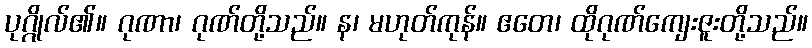
ပုဂ္ဂိုလ်၏။ ဂုဏာ၊ ဂုဏ်တို့သည်။ န၊ မဟုတ်ကုန်။ ဧတေ၊ ထိုဂုဏ်ကျေးဇူးတို့သည်။